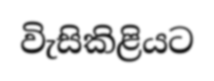
විැසිකිළියට